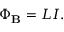
\Phi _ { \mathbf { B } } = L I .